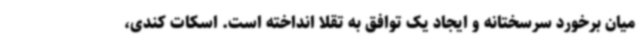
میان برخورد سرسختانه و ایجاد یک توافق به تقلا انداخته است. اسکات کندی،